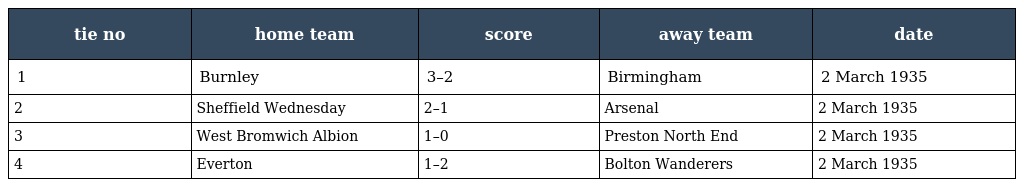
| tie no | home team | score | away team | date |
 | --- | --- | --- | --- | --- |
 | 1 | Burnley | 3–2 | Birmingham | 2 March 1935 |
 | 2 | Sheffield Wednesday | 2–1 | Arsenal | 2 March 1935 |
 | 3 | West Bromwich Albion | 1–0 | Preston North End | 2 March 1935 |
 | 4 | Everton | 1–2 | Bolton Wanderers | 2 March 1935 |